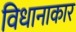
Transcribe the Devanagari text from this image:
विधानाकार